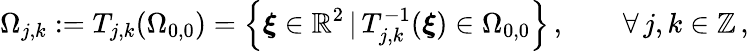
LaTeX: \Omega_{j,k}:=T_{j,k}(\Omega_{0,0})=\left\{ \boldsymbol{\xi}\in\mathbb{R}^{2}\, \vert\, T_{j,k}^{-1}(\boldsymbol{\xi})\in\Omega_{0,0}\right\} \, ,\qquad\forall\, j,k\in\mathbb{Z}\, ,